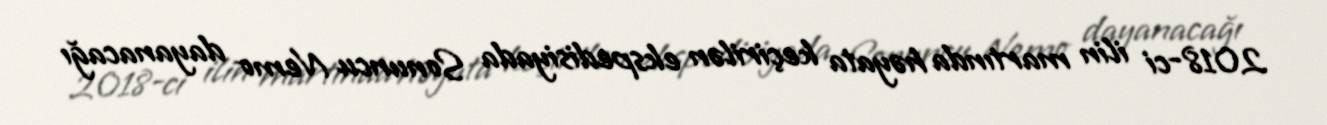
2018-ci ilin martında həyata keçirilən ekspedisiyada Sonuncu Nemo dayanacağı